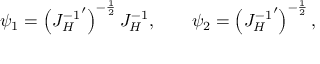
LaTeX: \psi _ { 1 } = \left( { J _ { H } ^ { - 1 } } ^ { \prime } \right) ^ { - { \frac { 1 } { 2 } } } J _ { H } ^ { - 1 } , \qquad \psi _ { 2 } = \left( { J _ { H } ^ { - 1 } } ^ { \prime } \right) ^ { - { \frac { 1 } { 2 } } } ,